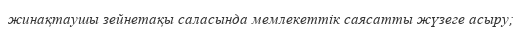
жинақтаушы зейнетақы саласында мемлекеттік саясатты жүзеге асыру;